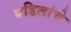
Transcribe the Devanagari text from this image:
बडिलांचे